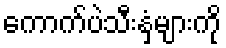
ကောက်ပဲသီးနှံများကို